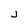
Character: j